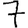
Digit: 7